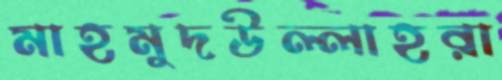
মাহমুদউল্লাহরা